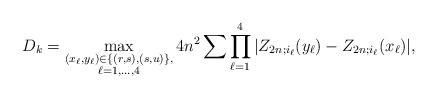
LaTeX: \begin{align*} D_k = \max_{\substack{(x_\ell,y_\ell) \in \{ (r,s), (s,u) \}, \\ \ell= 1, \dots, 4}} 4n^2 \sum \prod_{\ell = 1}^4 | Z_{2n;i_\ell}(y_\ell) - Z_{2n;i_\ell}(x_\ell) |, \end{align*}